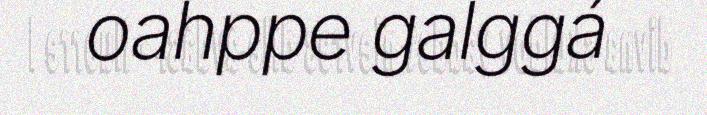
oahppe galggá